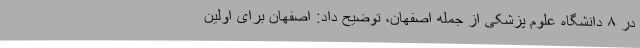
در ۸ دانشگاه علوم پزشکی از جمله اصفهان، توضیح داد: اصفهان برای اولین